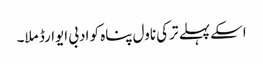
اسکے پہلے ترکی ناول پناہ کو ادبی ایوارڈ ملا۔